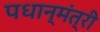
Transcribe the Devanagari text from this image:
पधान्मंत्री